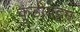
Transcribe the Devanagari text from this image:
कुडीयट्टम